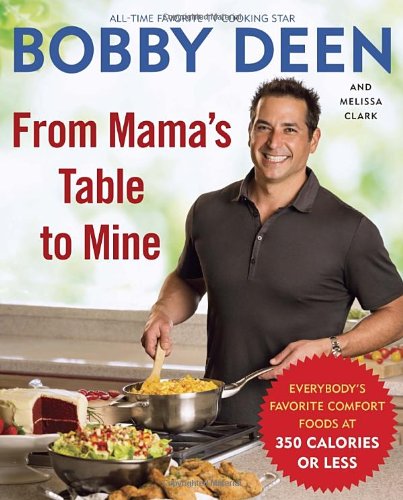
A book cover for From Mama's Table to Mine: Everybody's Favorite Comfort Foods at 350 Calories or Less; Bobby Deen; Cookbooks, Food & Wine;